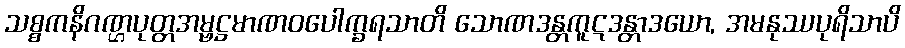
သစ္စကနိဂဏ္ဌပုတ္တအမ္ဗဋ္ဌမာဏဝပေါက္ခရသာတိ သောဏဒန္တကူဋဒန္တာဒယော, အမနုဿပုရိသာပိ